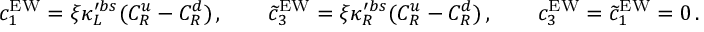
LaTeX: c _ { 1 } ^ { \mathrm { E W } } = \xi \kappa _ { L } ^ { \prime b s } ( C _ { R } ^ { u } - C _ { R } ^ { d } ) \, , \qquad \widetilde c _ { 3 } ^ { \mathrm { E W } } = \xi \kappa _ { R } ^ { \prime b s } ( C _ { R } ^ { u } - C _ { R } ^ { d } ) \, , \qquad c _ { 3 } ^ { \mathrm { E W } } = \widetilde c _ { 1 } ^ { \mathrm { E W } } = 0 \, .